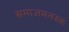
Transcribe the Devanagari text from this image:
समाजमनस्क